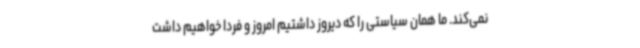
نمی‌کند. ما همان سیاستی را که دیروز داشتیم امروز و فردا خواهیم داشت